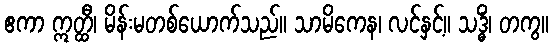
ဧကာ ဣတ္ထီ၊ မိန်းမတစ်ယောက်သည်။ သာမိကေန၊ လင်နှင့်။ သဒ္ဓိံ၊ တကွ။